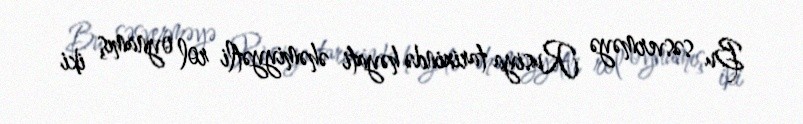
Bu səsverməyə Rusiya tarixində həyati əhəmiyyətli rol oynamış iki